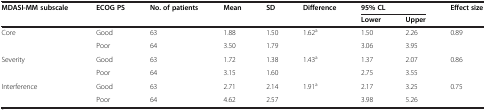
<table><thead><tr><td><b>MDASI-MM subscale</b></td><td><b>ECOG PS</b></td><td><b>No. of patients</b></td><td><b>Mean</b></td><td><b>SD</b></td><td><b>Difference</b></td><td colspan="2"><b>95% CL</b></td><td><b>Effect size</b></td></tr><tr><td><b> </b></td><td><b> </b></td><td><b> </b></td><td><b> </b></td><td><b> </b></td><td><b> </b></td><td><b>Lower</b></td><td><b>Upper</b></td><td><b> </b></td></tr></thead><tbody><tr><td>Core</td><td>Good</td><td>63</td><td>1.88</td><td>1.50</td><td>1.62<sup>a</sup></td><td>1.50</td><td>2.26</td><td>0.89</td></tr><tr><td> </td><td>Poor</td><td>64</td><td>3.50</td><td>1.79</td><td> </td><td>3.06</td><td>3.95</td><td> </td></tr><tr><td>Severity</td><td>Good</td><td>63</td><td>1.72</td><td>1.38</td><td>1.43<sup>a</sup></td><td>1.37</td><td>2.07</td><td>0.86</td></tr><tr><td> </td><td>Poor</td><td>64</td><td>3.15</td><td>1.60</td><td> </td><td>2.75</td><td>3.55</td><td> </td></tr><tr><td>Interference</td><td>Good</td><td>63</td><td>2.71</td><td>2.14</td><td>1.91<sup>a</sup></td><td>2.17</td><td>3.25</td><td>0.75</td></tr><tr><td> </td><td>Poor</td><td>64</td><td>4.62</td><td>2.57</td><td> </td><td>3.98</td><td>5.26</td><td> </td></tr></tbody></table>